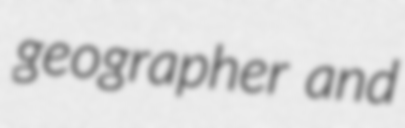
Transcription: geographer and